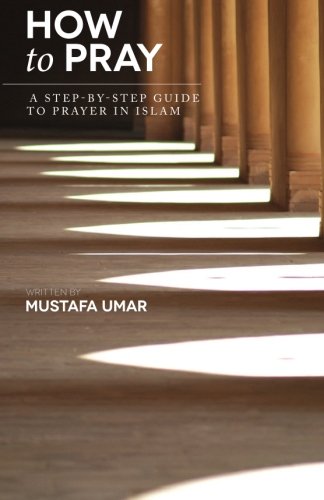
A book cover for How to Pray: A Step-by-Step Guide to Prayer in Islam; Mustafa Umar; Religion & Spirituality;